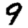
Digit: 9